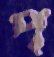
প্